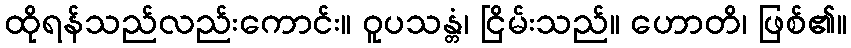
ထိုရန်သည်လည်းကောင်း။ ဝူပသန္တံ၊ ငြိမ်းသည်။ ဟောတိ၊ ဖြစ်၏။